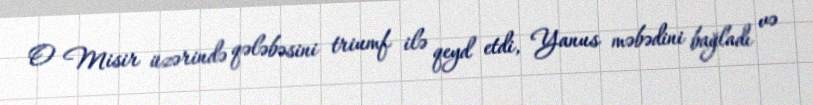
O Misir üzərində qələbəsini triumf ilə qeyd etdi, Yanus məbədini bağladı və